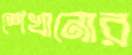
শেখানোর